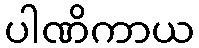
ပါဏိကာယ